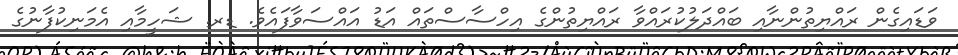
ވަޑައިގެން ރައްޔިތުންނާއި ބައްދަލުކުރައްވާ ރައްޔިތުންގެ އިހްސާސްތައް އަޑު އައްސަވާފައެވެ. ޑރ. ޝަހީމާއި އެމަނިކުފާނުގެ